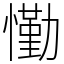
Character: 懄